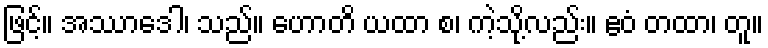
ဖြင့်။ အဿာဒေါ၊ သည်။ ဟောတိ ယထာ စ၊ ကဲ့သို့လည်း။ ဧဝံ တထာ၊ တူ။